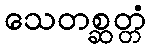
သေတစ္ဆတ္တံ